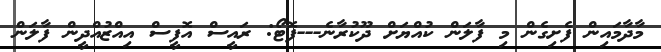
މާދާމައިން ފެށިގެން މި ފާލަން ކުއްޔަށް ދޫކުރާނެ---ފޮޓޯ: ރައީސް އޮފީސް އިއްޒުއްދީން ފާލަން